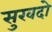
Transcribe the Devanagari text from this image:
सुखदो